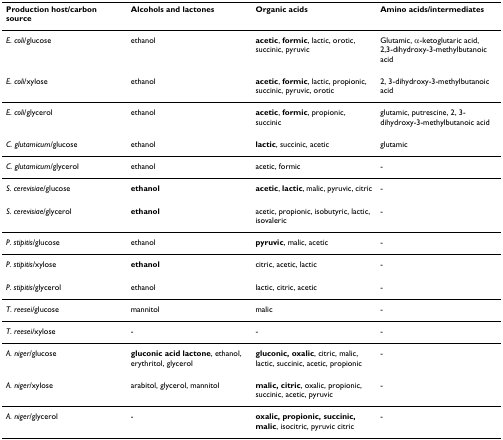
<table><thead><tr><td><b>Production host/carbon source</b></td><td><b>Alcohols and lactones</b></td><td><b>Organic acids</b></td><td><b>Amino acids/intermediates</b></td></tr></thead><tbody><tr><td><i>E. coli</i>/glucose</td><td>ethanol</td><td><b>acetic</b>, <b>formic</b>, lactic, orotic, succinic, pyruvic</td><td>Glutamic, α-ketoglutaric acid,2,3-dihydroxy-3-methylbutanoic acid</td></tr><tr><td><i>E. coli</i>/xylose</td><td>ethanol</td><td><b>acetic</b>, <b>formic</b>, lactic, propionic, succinic, pyruvic, orotic</td><td>2, 3-dihydroxy-3-methylbutanoic acid</td></tr><tr><td><i>E. coli</i>/glycerol</td><td>ethanol</td><td><b>acetic</b>, <b>formic</b>, propionic, succinic</td><td>glutamic, putrescine, 2, 3-dihydroxy-3-methylbutanoic acid</td></tr><tr><td><i>C. glutamicum</i>/glucose</td><td>ethanol</td><td><b>lactic</b>, succinic, acetic</td><td>glutamic</td></tr><tr><td><i>C. glutamicum</i>/glycerol</td><td>ethanol</td><td>acetic, formic</td><td>-</td></tr><tr><td><i>S. cerevisiae</i>/glucose</td><td><b>ethanol</b></td><td><b>acetic</b>, <b>lactic</b>, malic, pyruvic, citric</td><td>-</td></tr><tr><td><i>S. cerevisiae</i>/glycerol</td><td><b>ethanol</b></td><td>acetic, propionic, isobutyric, lactic, isovaleric</td><td>-</td></tr><tr><td><i>P. stipitis</i>/glucose</td><td>ethanol</td><td><b>pyruvic</b>, malic, acetic</td><td>-</td></tr><tr><td><i>P. stipitis</i>/xylose</td><td><b>ethanol</b></td><td>citric, acetic, lactic</td><td>-</td></tr><tr><td><i>P. stipitis</i>/glycerol</td><td>ethanol</td><td>lactic, citric, acetic</td><td>-</td></tr><tr><td><i>T. reesei/</i>glucose</td><td>mannitol</td><td>malic</td><td>-</td></tr><tr><td><i>T. reesei/</i>xylose</td><td>-</td><td>-</td><td>-</td></tr><tr><td><i>A. niger/</i>glucose</td><td><b>gluconic acid lactone</b>, ethanol, erythritol, glycerol</td><td><b>gluconic, oxalic</b>, citric, malic, lactic, succinic, acetic, propionic</td><td>-</td></tr><tr><td><i>A. niger/</i>xylose</td><td>arabitol, glycerol, mannitol</td><td><b>malic, citric</b>, oxalic, propionic, succinic, acetic, pyruvic</td><td>-</td></tr><tr><td><i>A. niger/</i>glycerol</td><td>-</td><td><b>oxalic, propionic, succinic, malic</b>, isocitric, pyruvic citric</td><td>-</td></tr></tbody></table>